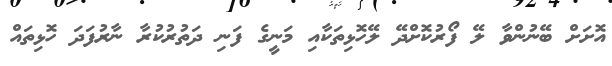
އޮށަށް ބޭނުންވާ ލޭ ފޯރުކޮށްދޭ ލޭހޮޅިތަކާއި މަނީގެ ފަނި ދަތުރުކުރާ ނާރުފަދަ ހޮޅިތައް